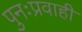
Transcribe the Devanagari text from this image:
पुनःप्रवाही